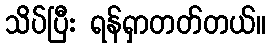
သိပ်ပြီး ရန်ရှာတတ်တယ်။